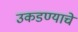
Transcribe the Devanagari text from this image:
उकडण्याचे